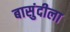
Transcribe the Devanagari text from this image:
बासुंदीला